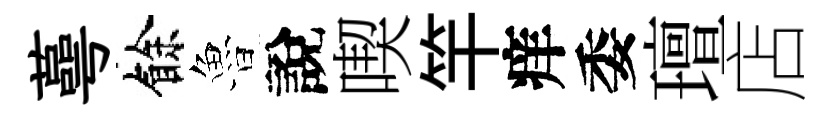
蕚餘魯說喫竿痒委璮店